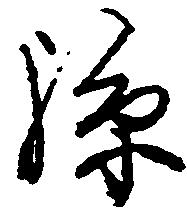
孫